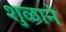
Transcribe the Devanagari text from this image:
शुळाने